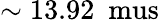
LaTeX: \mathrm{{\sim 13.92\ \ mus}}